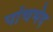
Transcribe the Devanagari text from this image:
पांचभेद